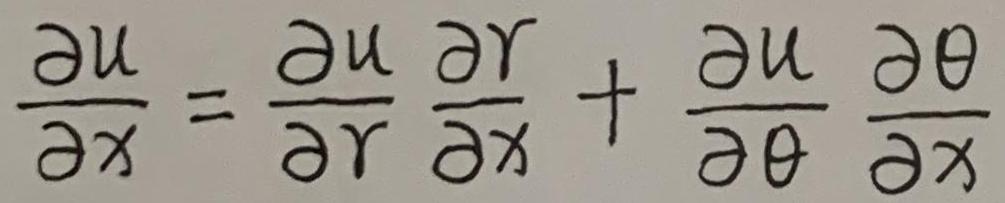
$\frac{\partial u}{\partial x} = \frac{\partial u}{\partial r} \frac{\partial r}{\partial x} + \frac{\partial u}{\partial \theta} \frac{\partial \theta}{\partial x}$